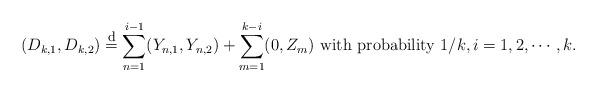
LaTeX: \begin{align*}(D_{k,1},D_{k,2})\overset{\footnotesize\mbox{d}}{=}\sum_{n=1}^{i-1}(Y_{n,1},Y_{n,2})+\sum_{m=1}^{k-i}(0,Z_{m}) \mbox{ with probability }1/k,i=1,2,\cdots,k.\end{align*}